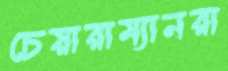
চেয়ারাম্যানরা